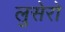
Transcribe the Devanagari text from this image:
लुसेरो